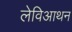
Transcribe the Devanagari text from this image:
लेविआथन